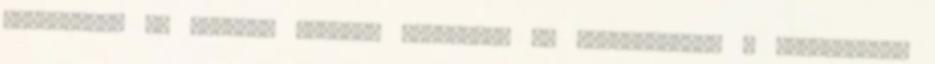
stílusúak, és ezekben érdemes direktben is megszólítani a közönséget.